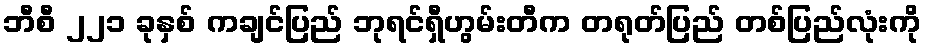
ဘီစီ ၂၂၁ ခုနှစ် ကချင်ပြည် ဘုရင်ရှီဟွမ်းတီက တရုတ်ပြည် တစ်ပြည်လုံးကို